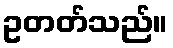
ဥတတ်သည်။